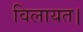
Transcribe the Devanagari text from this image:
विलायत।